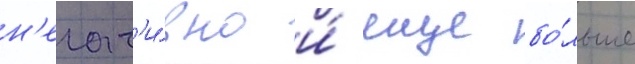
н'егат'и́вно и́ еще бо́льше